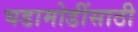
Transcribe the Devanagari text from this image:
घडामोडींसाठी